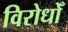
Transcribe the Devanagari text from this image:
विरोधोँ